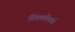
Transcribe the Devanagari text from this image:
विकलीमध्ये